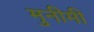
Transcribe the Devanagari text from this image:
मुनीमी